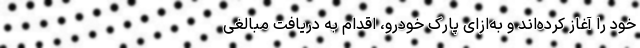
خود را آغاز کرده‌اند و به‌ازای پارک خودرو، اقدام به دریافت مبالغی